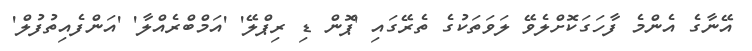
އޭނާގެ އެންމެ ފާހަގަކޮށްލެވޭ ލަވަތަކުގެ ތެރޭގައި 'ޕޮން ޑި ރިޕްލޭ' 'އަމްބްރެއްލާ' 'އަންފެއިތުފުލް'